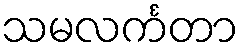
သမလင်္ကတာ